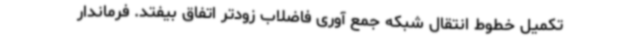
تکمیل خطوط انتقال شبکه جمع آوری فاضلاب زودتر اتفاق بیفتد. فرماندار